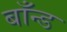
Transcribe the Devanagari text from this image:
बाँन्ड